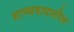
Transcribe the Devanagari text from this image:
साम्यवादातील